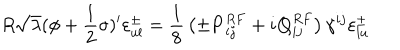
LaTeX: R \sqrt { \lambda } ( \phi + { \frac { 1 } { 2 } } \sigma ) ^ { \prime } \varepsilon _ { u l } ^ { \pm } = { \frac { 1 } { 8 } } \left( \pm { \bf { P } } _ { i j } ^ { R F } + i { \bf { Q } } _ { i j } ^ { R F } \right) \gamma ^ { i j } \varepsilon _ { l u } ^ { \pm }